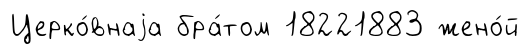
Церко́внаjа бра́том 18221883 жено́й